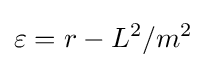
\varepsilon =r-L^{2}/m^{2}